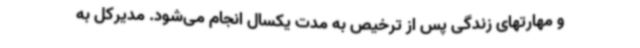
و مهارتهای زندگی پس از ترخیص به مدت یکسال انجام می‌شود. مدیرکل به